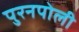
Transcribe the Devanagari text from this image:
पुरनपोली